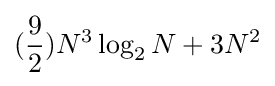
({\frac {9}{2}})N^{3}\log _{2}N+3N^{2}